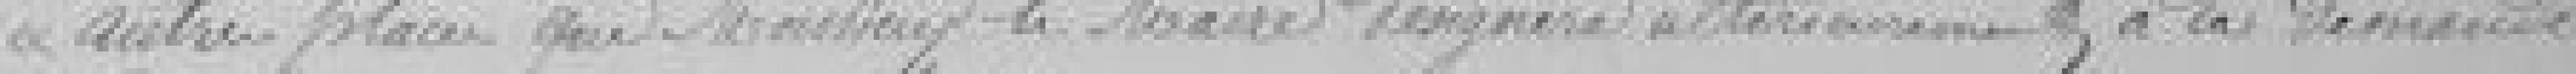
autres places que Monsieur le Maire désignera ultérieurement, à la demande